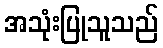
အသုံးပြုသူသည်